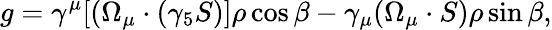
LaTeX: g=\gamma^{\mu}[(\Omega_{\mu}\cdot(\gamma_{5}S)]\rho\cos{\beta}-\gamma_{\mu}(\Omega_{\mu}\cdot S)\rho\sin{\beta},